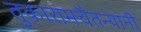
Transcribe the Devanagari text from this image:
तुकारामचैतन्यांनी